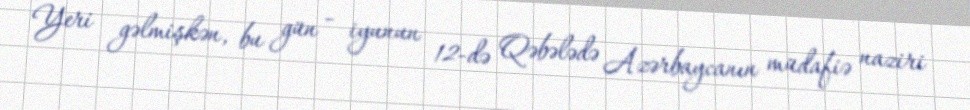
Yeri gəlmişkən, bu gün - iyunun 12-də Qəbələdə Azərbaycanın müdafiə naziri